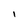
Character: I